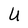
Character: U